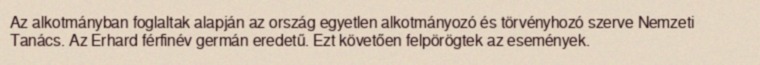
Az alkotmányban foglaltak alapján az ország egyetlen alkotmányozó és törvényhozó szerve Nemzeti Tanács. Az Erhard férfinév germán eredetű. Ezt követően felpörögtek az események.